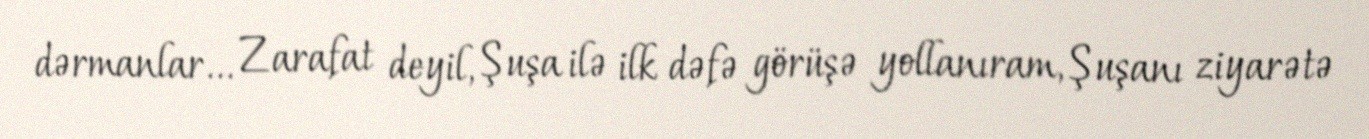
dərmanlar... Zarafat deyil, Şuşa ilə ilk dəfə görüşə yollanıram, Şuşanı ziyarətə